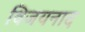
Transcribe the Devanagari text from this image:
विजयनाद